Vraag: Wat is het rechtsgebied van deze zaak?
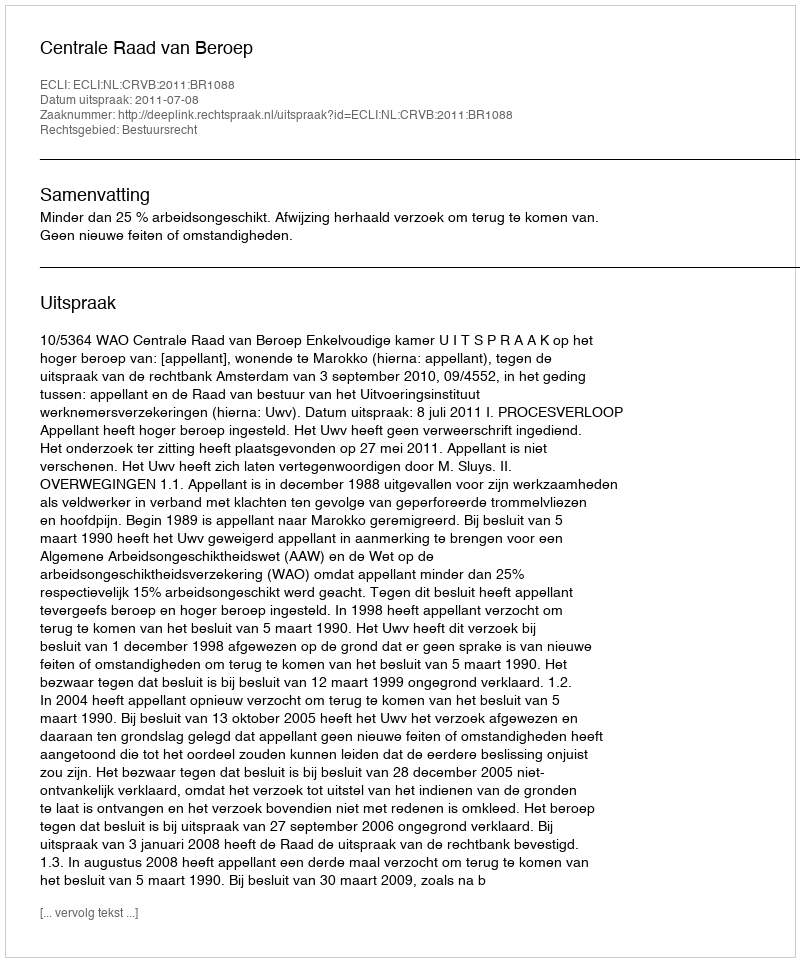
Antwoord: Bestuursrecht